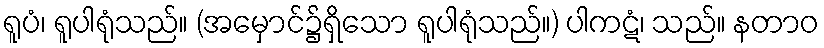
ရူပံ၊ ရူပါရုံသည်။ (အမှောင်၌ရှိသော ရူပါရုံသည်။) ပါကဋံ၊ သည်။ နတာဝ